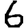
Digit: 6